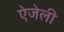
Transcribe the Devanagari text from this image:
ऐजेली